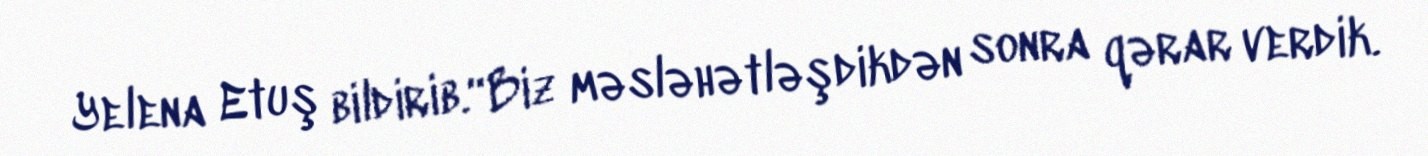
Yelena Etuş bildirib.“Biz məsləhətləşdikdən sonra qərar verdik.